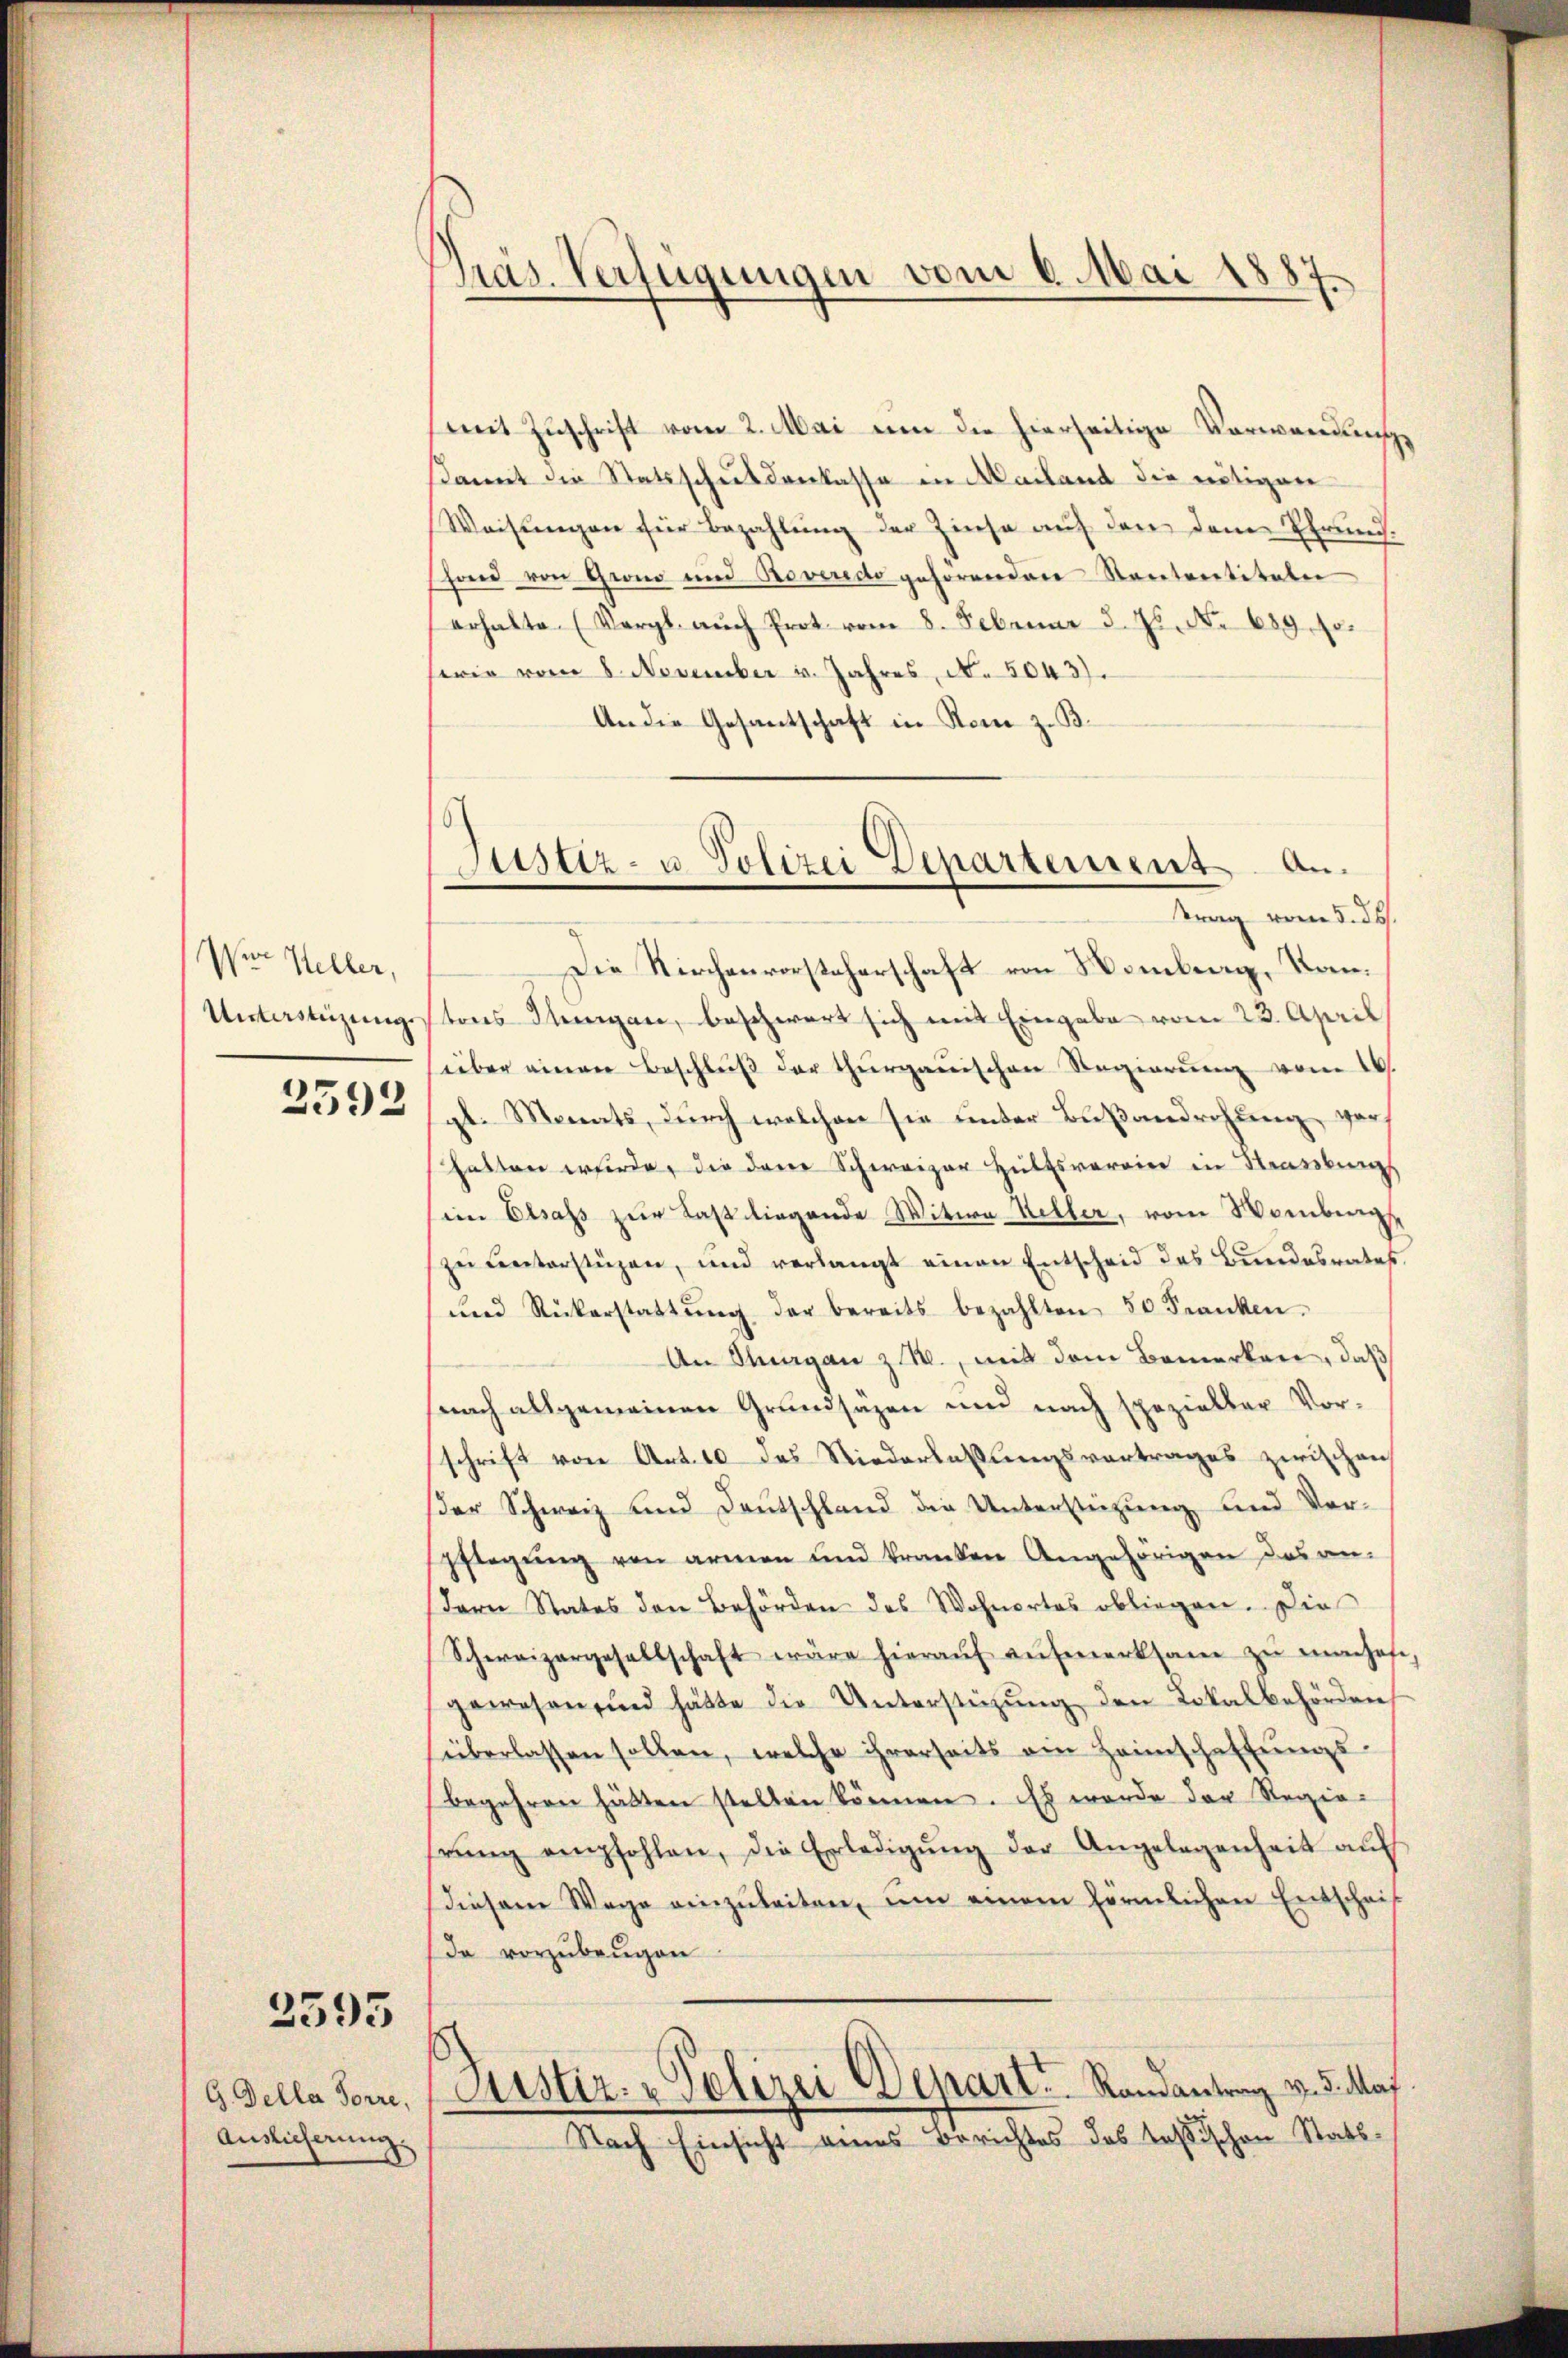
Ver Heller,
Unterstüzung
2592

2595

G. Della Forre,
Auslieferung.

Präs. Verfügungen vom 6. Mai 1887.

mit Zŭschrift vom 2. Mai um die hierseitige Vorwandungs
damit die Statsschuldenlasse in Mailand die nötigen
Weisungen für Bezahlung der Zinse auf den dem Ehrungsfond von Grad und Roveredo gehörenden Rententitäten
erhalte. (Vergl. auch Prot. vom 8. Februar d. Js. No 689. so
wie vom 8. November u. Jahres, N. 5043).
An die Gesantschaft in Rom z. B.

Die Kirchenvorsteherschaft von Nomberg, Kantons Stungen, beschwert sich mit Eingabe vom 23. April
(über einen Beschlŭβ der thurgauischen Regierŭng vom 16.
gl. Monats, durch welchen sie unter Bußandrohung vorhatten würde, die den Schweizer Hülfsverrier in Strassbung
eim Elsass zur Last liegende Witwe Keller, vom Nomburg,
zŭ Centerstüzen, und verlangt einen Entscheid des Bundesrates
und Rückerstattŭng der bereits bezahlten 50 Franken.
An Stergan z. B., mit dem Bemerken, daß
nach allgemeinen Grundsäzen und nach spezieller Vorschrift von Art. 10. des Niederlassŭngsvortrages zwischen
der Schweiz und Deutschland die Unterstützung und Verpflegung von armen und kranken Angehörigen des an-
dern States den Behörden des Wohnortes obliegen. Die
Schweizergesellschaft wäre hieraŭf aŭfmerksam zŭ maches,
gewesen, und hätte die Unterstützung den Lokalbehörden
überlassen sollen, welche ihrerseits am Heimschaffŭngs-
begehren hätten stellen können. Es wurde der Regiehrŭng empfohlen, die Erledigŭng der Angelegenheit aŭf
diesem Wege einzŭleiten, ŭm einem förmlichen Entschei-
da vorzŭbeŭgen
Justiz- & Polizei Depart. Randantrag v. d. Maj
Nach Einsicht eines Berichtes des Tassischen Statt¬

Justiz- u. Polizei Departement an.
trag vom 5. ds.